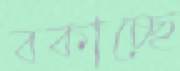
বকাচ্ছে